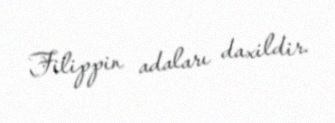
Filippin adaları daxildir.